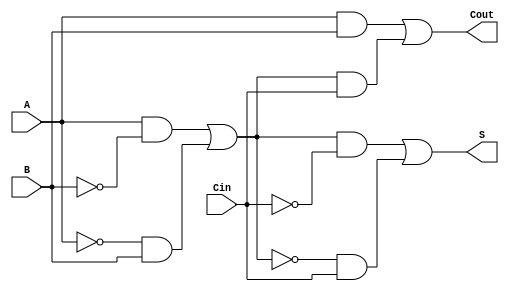
module TG_Full_Adder (
    input wire A,
    input wire B,
    input wire Cin,
    output wire S,
    output wire Cout
);

// Internal wires for intermediate signals
wire AB, A_XOR_B, A_XOR_B_Cin;

// Transmission Gate logic for A XOR B
wire A_n, B_n; // Inverted signals for PMOS control
not (A_n, A);
not (B_n, B);

assign A_XOR_B = (A & B_n) | (A_n & B); // A XOR B using transmission gates

// Transmission Gate for (A XOR B) XOR Cin
wire A_XOR_B_n; // Inverted A_XOR_B signal
not (A_XOR_B_n, A_XOR_B);
assign S = (A_XOR_B & Cin_n) | (A_XOR_B_n & Cin); // (A XOR B) XOR Cin

// Transmission Gate logic for Carry-out calculation
assign AB = A & B; // A AND B using transmission gates
wire Cin_n; // Inverted Cin signal
not (Cin_n, Cin);

// Calculate (A XOR B) AND Cin
wire Cin_A_XOR_B;
assign Cin_A_XOR_B = A_XOR_B & Cin;

// Final Cout calculation: Cout = (A AND B) OR ((A XOR B) AND Cin)
assign Cout = AB | Cin_A_XOR_B;

endmodule